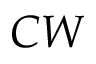
C W